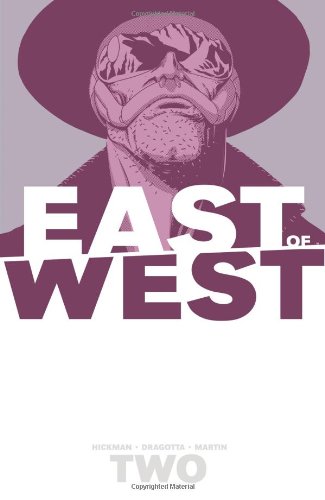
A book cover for East of West Volume 2: We Are All One TP; Jonathan Hickman; Comics & Graphic Novels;